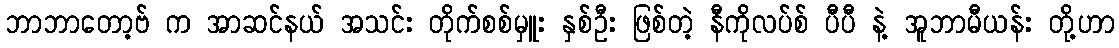
ဘာဘာတော့ဗ် က အာဆင်နယ် အသင်း တိုက်စစ်မှူး နှစ်ဦး ဖြစ်တဲ့ နီကိုလပ်စ် ပီပီ နဲ့ အူဘာမီယန်း တို့ဟာ